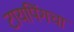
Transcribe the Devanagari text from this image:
टायपिंगचा